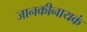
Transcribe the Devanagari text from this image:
जानकीनायकं